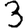
Digit: 3